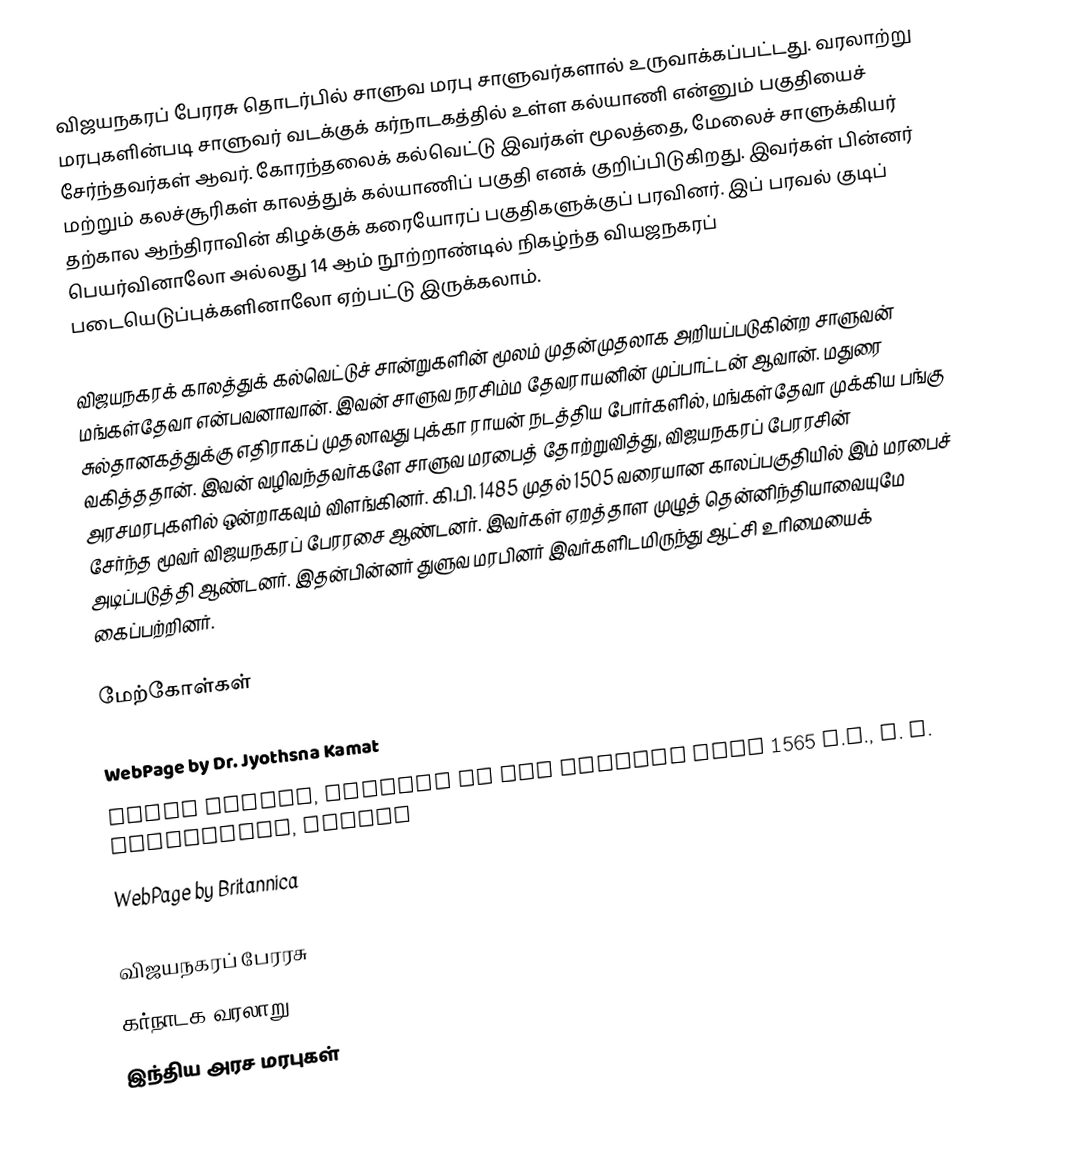
விஜயநகரப் பேரரசு தொடர்பில் சாளுவ மரபு சாளுவர்களால் உருவாக்கப்பட்டது. வரலாற்று மரபுகளின்படி சாளுவர் வடக்குக் கர்நாடகத்தில் உள்ள கல்யாணி என்னும் பகுதியைச் சேர்ந்தவர்கள் ஆவர். கோரந்தலைக் கல்வெட்டு இவர்கள் மூலத்தை, மேலைச் சாளுக்கியர் மற்றும் கலச்சூரிகள் காலத்துக் கல்யாணிப் பகுதி எனக் குறிப்பிடுகிறது. இவர்கள் பின்னர் தற்கால ஆந்திராவின் கிழக்குக் கரையோரப் பகுதிகளுக்குப் பரவினர். இப் பரவல் குடிப் பெயர்வினாலோ அல்லது 14 ஆம் நூற்றாண்டில் நிகழ்ந்த வியஜநகரப் படையெடுப்புக்களினாலோ ஏற்பட்டு இருக்கலாம்.

விஜயநகரக் காலத்துக் கல்வெட்டுச் சான்றுகளின் மூலம் முதன்முதலாக அறியப்படுகின்ற சாளுவன் மங்கள்தேவா என்பவனாவான். இவன் சாளுவ நரசிம்ம தேவராயனின் முப்பாட்டன் ஆவான். மதுரை சுல்தானகத்துக்கு எதிராகப் முதலாவது புக்கா ராயன் நடத்திய போர்களில், மங்கள்தேவா முக்கிய பங்கு வகித்ததான். இவன் வழிவந்தவர்களே சாளுவ மரபைத் தோற்றுவித்து, விஜயநகரப் பேரரசின் அரசமரபுகளில் ஒன்றாகவும் விளங்கினர். கி.பி. 1485 முதல் 1505 வரையான காலப்பகுதியில் இம் மரபைச் சேர்ந்த மூவர் விஜயநகரப் பேரரசை ஆண்டனர். இவர்கள் ஏறத்தாள முழுத் தென்னிந்தியாவையுமே அடிப்படுத்தி ஆண்டனர். இதன்பின்னர் துளுவ மரபினர் இவர்களிடமிருந்து ஆட்சி உரிமையைக் கைப்பற்றினர்.

மேற்கோள்கள்

 WebPage by Dr. Jyothsna Kamat
 Durga Prasad, History of the Andhras Till 1565 A.D., P. G. Publishers, Guntur
 WebPage by Britannica

விஜயநகரப் பேரரசு
கர்நாடக வரலாறு
இந்திய அரச மரபுகள்